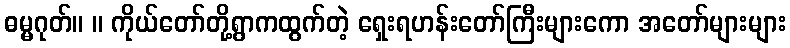
ဓမ္မဂုတ်။ ။ ကိုယ်တော်တို့ရွာကထွက်တဲ့ ရှေးရဟန်းတော်ကြီးများကော အတော်များများ